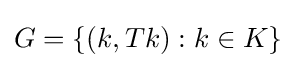
G=\{(k,Tk):k\in K\}